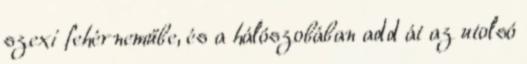
szexi fehérneműbe, és a hálószobában add át az utolsó